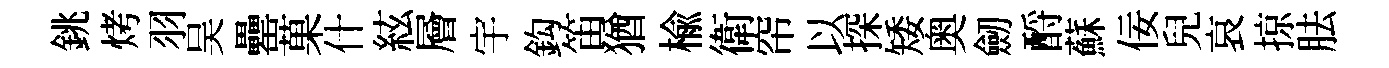
銚烤羽吴罍菓什絃層宇鈎笛猶楡衛帘以探矮奥劒酹蘇佞兒哀掠胠